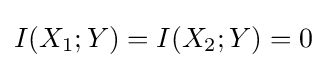
I(X_{1};Y)=I(X_{2};Y)=0